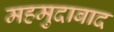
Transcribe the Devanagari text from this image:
महमुदाबाद